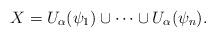
LaTeX: \begin{align*} X=U_\alpha(\psi_1)\cup\dots\cup U_\alpha(\psi_n). \end{align*}